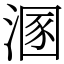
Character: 溷